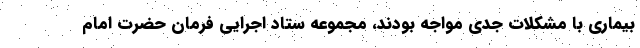
بیماری با مشکلات جدی مواجه بودند، مجموعه ستاد اجرایی فرمان حضرت امام